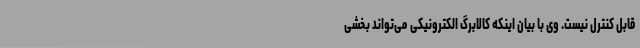
قابل کنترل نیست. وی با بیان اینکه کالابرگ الکترونیکی می‌تواند بخشی